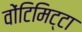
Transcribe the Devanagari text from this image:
वोंटिमिट्टा